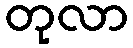
တုလာ